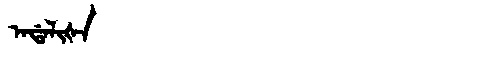
Manchu: ᠠᡩᠠᠯᡳᡧᠠ
Romanization: ADALIŠA